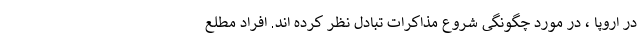
در اروپا ، در مورد چگونگی شروع مذاکرات تبادل نظر کرده اند. افراد مطلع